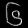
Digit: ၆